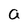
Character: a